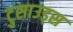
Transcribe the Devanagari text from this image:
टुसाउड्स